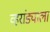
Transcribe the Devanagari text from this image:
व्हरांड्याला